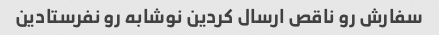
سفارش رو ناقص ارسال کردین نوشابه رو نفرستادین